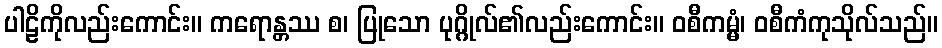
ပါဠိကိုလည်းကောင်း။ ကရောန္တဿ စ၊ ပြုသော ပုဂ္ဂိုလ်၏လည်းကောင်း။ ဝစီကမ္မံ၊ ဝစီကံကုသိုလ်သည်။